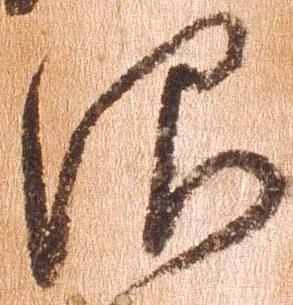
仰